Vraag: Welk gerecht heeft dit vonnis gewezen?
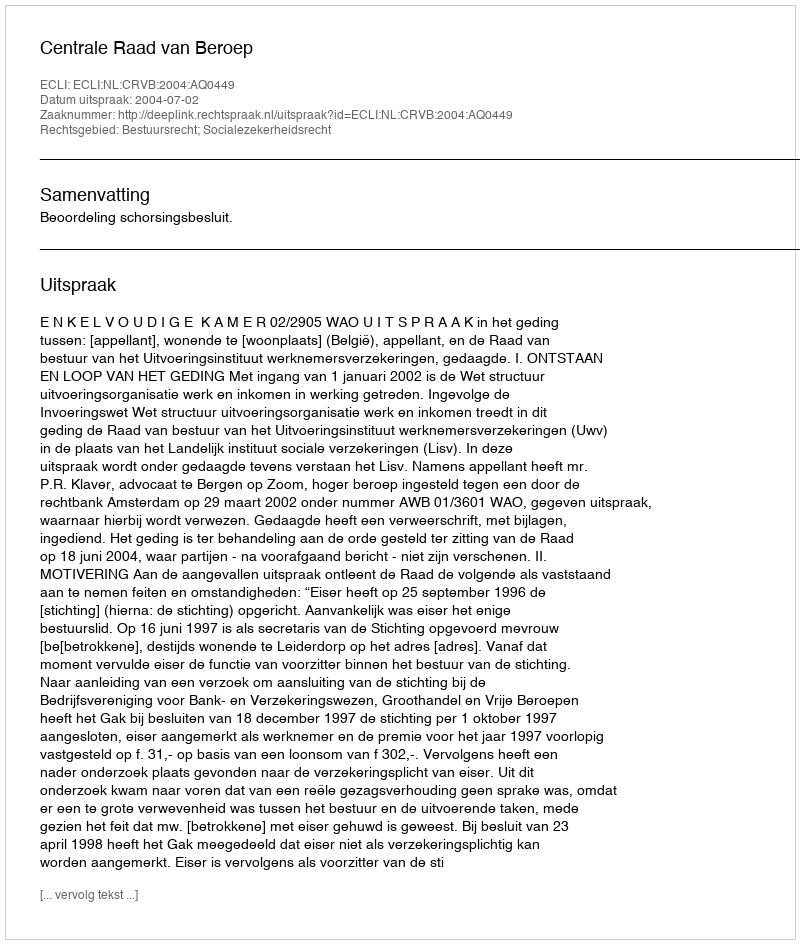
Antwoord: Centrale Raad van Beroep